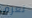
تعرف